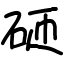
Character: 砸